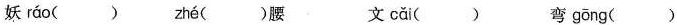
妖ráo( ) zhé( )腰 文cǎi( ) 弯gōng( )